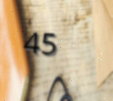
45